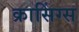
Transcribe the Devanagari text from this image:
क्रासिंग्स